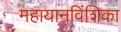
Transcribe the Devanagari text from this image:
महायानविंशिका